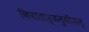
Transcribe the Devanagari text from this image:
किरातार्जनुयीयम्‌